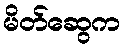
မိတ်ဆွေက